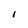
Character: 1